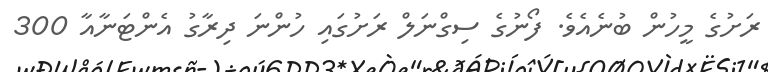
ރަށުގެ މީހުން ބުނެއެވެ. ފޯނުގެ ސިގްނަލް ރަށުގައި ހުންނަ ދިރާގު އެންޓަނާއާ 300